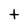
Character: t